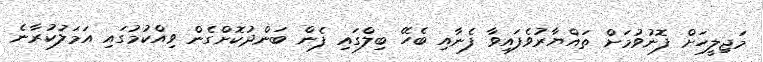
މަޖިލީހަށް ފޮނުވުމަށް ތައްޔާރުވެފައިވާ ފެނާއި ބެހޭ ބިލްގައި ފެން ބަންދުކޮށްގެން ވިއްކުމުގައި އަމަލުކުރާނެ